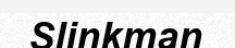
Slinkman